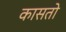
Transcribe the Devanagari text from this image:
कासतो